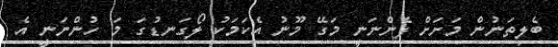
ބެލިތަނުން މަށަށް ފެންނަނީ މަގޭ މޫނު އެކަމަކު ލޯގަނޑުގަ މަ ހުންނަނީ އެ